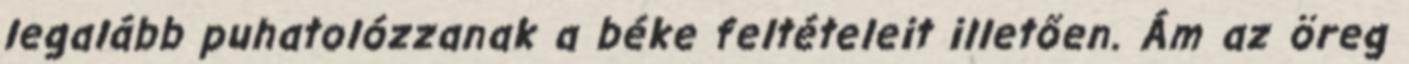
legalább puhatolózzanak a béke feltételeit illetően. Ám az öreg